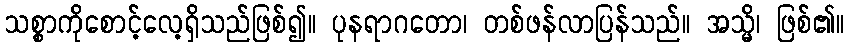
သစ္စာကိုစောင့်လေ့ရှိသည်ဖြစ်၍။ ပုနရာဂတော၊ တစ်ဖန်လာပြန်သည်။ အသ္မိ၊ ဖြစ်၏။